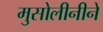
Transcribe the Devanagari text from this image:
मुसोलीनीने